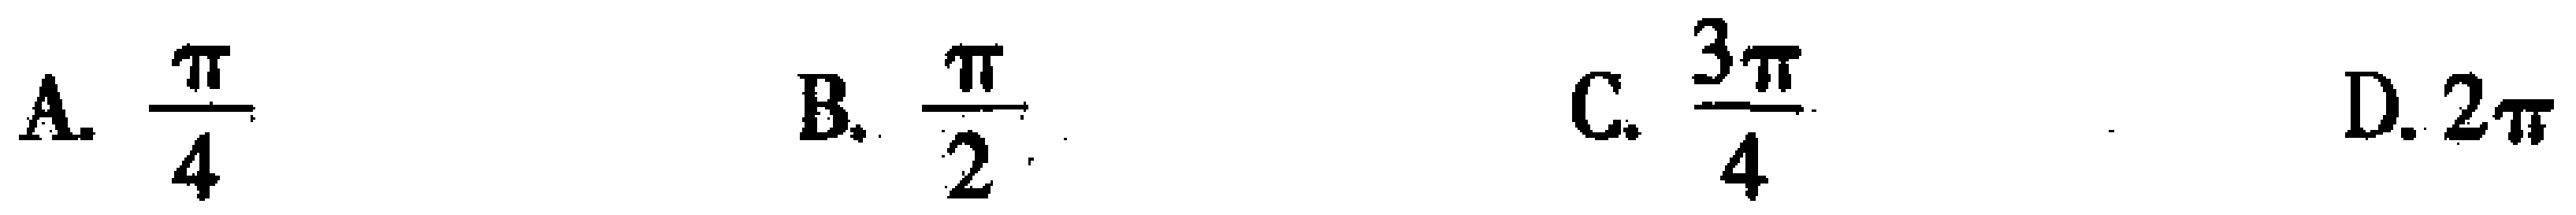
A. $\frac{\pi}{4}$  B. $\frac{\pi}{2}$  C. $\frac{3\pi}{4}$  D. $2\pi$